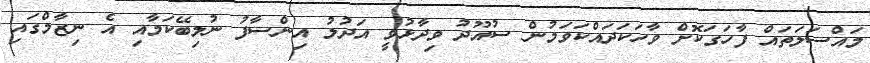
މައްސަލަތައް ފާހަގަކޮށް ވާހަކަދައްކަވަމުން ސުއޫދު ވިދާޅުވީ އަދުލު އިންސާފު ނުލިބޭކަމާއި އެ ނިޒާމްގައި